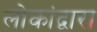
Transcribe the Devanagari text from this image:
लोकांद्वारा